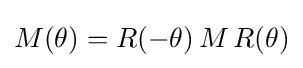
M(\theta )=R(-\theta )\,M\,R(\theta )